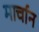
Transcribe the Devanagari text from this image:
मार्चान